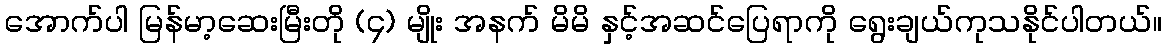
အောက်ပါ မြန်မာ့ဆေးမြီးတို (၄) မျိုး အနက် မိမိ နှင့်အဆင်ပြေရာကို ရွေးချယ်ကုသနိုင်ပါတယ်။